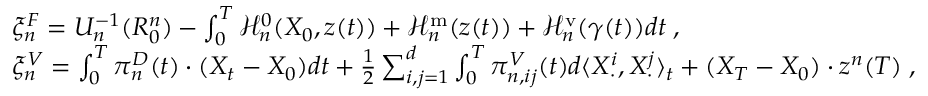
\begin{array} { r l } & { \xi _ { n } ^ { F } = U _ { n } ^ { - 1 } ( R _ { 0 } ^ { n } ) - \int _ { 0 } ^ { T } \mathcal { H } _ { n } ^ { 0 } ( X _ { 0 } , z ( t ) ) + \mathcal { H } _ { n } ^ { \mathrm { m } } ( z ( t ) ) + \mathcal { H } _ { n } ^ { \mathrm { v } } ( \gamma ( t ) ) d t \; , } \\ & { \xi _ { n } ^ { V } = \int _ { 0 } ^ { T } \pi _ { n } ^ { D } ( t ) \cdot ( X _ { t } - X _ { 0 } ) d t + \frac 1 2 \sum _ { i , j = 1 } ^ { d } \int _ { 0 } ^ { T } \pi _ { n , i j } ^ { V } ( t ) d \langle X _ { \cdot } ^ { i } , X _ { \cdot } ^ { j } \rangle _ { t } + ( X _ { T } - X _ { 0 } ) \cdot z ^ { n } ( T ) \; , } \end{array}